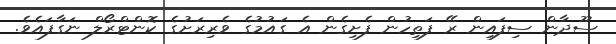
ސޫދާން ސިފައިން ރޭ ފަތިހުން ފެށިގެން އެ ގައުމުގެ ވެރިރަށުގެ ކޮންޓްރޯލް ނަގާފައެވެ.